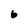
Character: 6